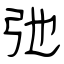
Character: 弛